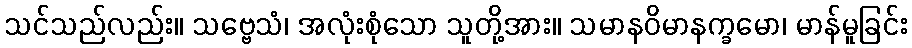
သင်သည်လည်း။ သဗ္ဗေသံ၊ အလုံးစုံသော သူတို့အား။ သမာနဝိမာနက္ခမော၊ မာန်မူခြင်း